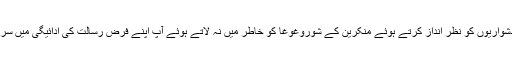
رکاوٹوں دشواریوں کو نظر انداز کرتے ہوئے منکرین کے شوروغوغا کو خاطر میں نہ لاتے ہوئے آپ اپنے فرض رسالت کی ادائیگی میں سرگرم رہیں۔